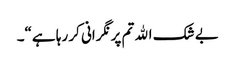
بے شک الله تم پر نگرانی کر رہا ہے“۔